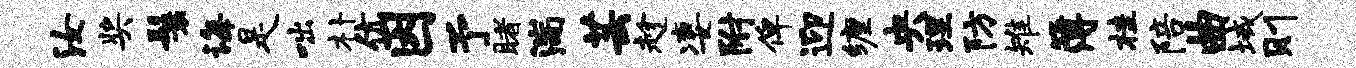
汝奖鬟诲是咄朴伉因予睹湍芸趁凄附俾迎缠央理防雉簿桂陪曲域则